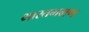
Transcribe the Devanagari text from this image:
भारतभम्रण